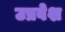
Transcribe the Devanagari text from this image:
उप्रवेश